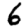
Digit: 6